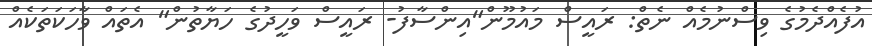
އުފެއްދެމުގެ ވިސްނުމެއް ނެތް: ރައީސް މައުމޫން"އިންސާފު- ރައީސް ވަހީދުގެ ހަޔާތުން" އެތަައް ވާހަކަތަކެއް